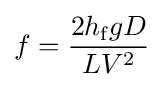
f={2h_{\text{f}}gD \over LV^{2}}